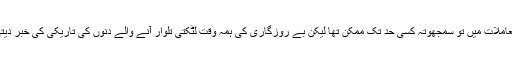
باقی معاملات میں تو سمجھوتہ کسی حد تک ممکن تھا لیکن بے روزگاری کی ہمہ وقت لٹکتی تلوار آنے والے دنوں کی تاریکی کی خبر دیتی تھی۔